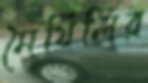
মৈথিলির